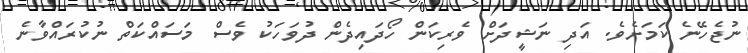
ނުޖެހޭނެ ކަމަށެވެ. އަދި ނަޝީދަށް ވެރިކަން ހޯދައިދެން ދުވަހަކު ވެސް މަސައްކަތް ނުކުރައްވާނެ